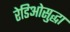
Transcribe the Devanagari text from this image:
रेडिओसुद्धा